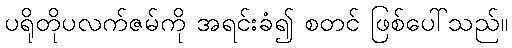
ပရိုတိုပလက်ဇမ်ကို အရင်းခံ၍ စတင် ဖြစ်ပေါ်သည်။